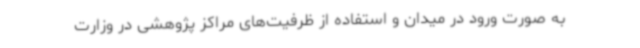
به صورت ورود در میدان و استفاده از ظرفیت‌های مراکز پژوهشی در وزارت